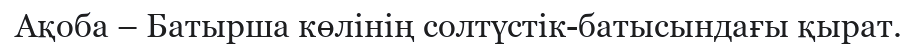
Ақоба – Батырша көлінің солтүстік-батысындағы қырат.